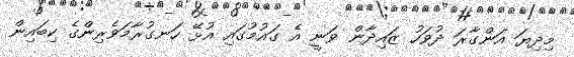
މިދިޔަ އަންގާރަ ދުވަހު ޒައިދާން ވަނީ އެ ގައުމުގައި އުޅޭ ހަނގުރާމަވެރިންގެ ކިބައިން